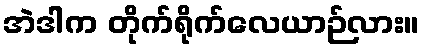
အဲဒါက တိုက်ရိုက်လေယာဉ်လား။